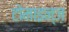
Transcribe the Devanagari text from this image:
टोमाइन्ज़